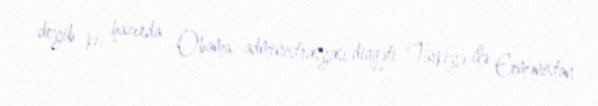
deyib ki, hazırda Obama administrasyası diqqəti Türkiyə ilə Ermənistan